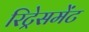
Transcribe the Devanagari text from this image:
रिट्रेसमेंट